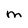
Character: M